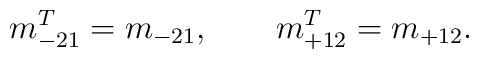
m_{-21}^T = m_{-21}, \qquad m_{+12}^T = m_{+12}.